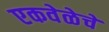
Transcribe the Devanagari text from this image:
एकवेळेचे